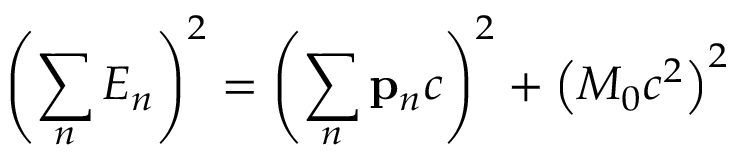
\left( \sum _ { n } E _ { n } \right) ^ { 2 } = \left( \sum _ { n } \mathbf { p } _ { n } c \right) ^ { 2 } + \left( M _ { 0 } c ^ { 2 } \right) ^ { 2 }